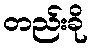
တည်းခို